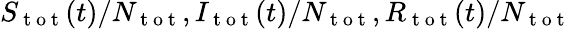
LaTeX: S_{\mathrm{~t~o~t~}}(t)/N_{\mathrm{~t~o~t~}},I_{\mathrm{~t~o~t~}}(t)/N_{\mathrm{~t~o~t~}},R_{\mathrm{~t~o~t~}}(t)/N_{\mathrm{~t~o~t~}}